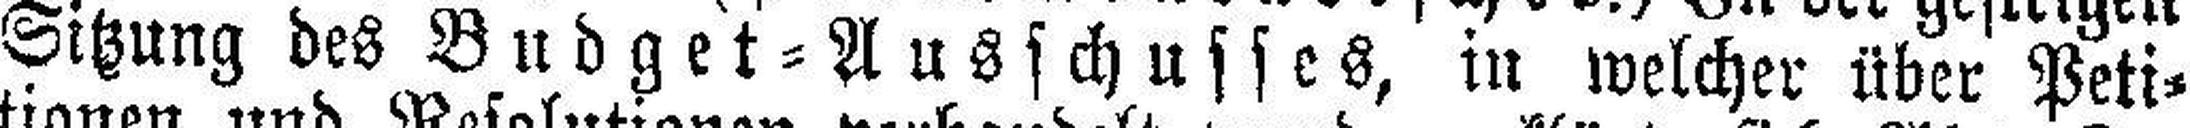
Sitzung des Budget=Ausschusses, in welcher über Peti¬